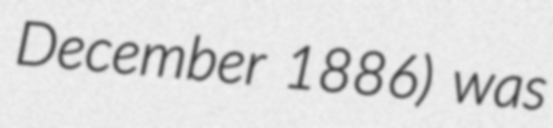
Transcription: December 1886) was